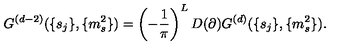
G ^ { ( d - 2 ) } ( \{ s _ { j } \} , \{ m _ { s } ^ { 2 } \} ) = \left( - \frac { 1 } { \pi } \right) ^ { L } D ( \partial ) G ^ { ( d ) } ( \{ s _ { j } \} , \{ m _ { s } ^ { 2 } \} ) .